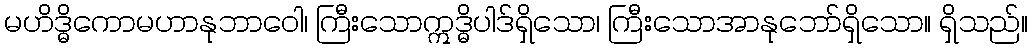
မဟိဒ္ဓိကောမဟာနုဘာဝေါ၊ ကြီးသောဣဒ္ဓိပါဒ်ရှိသော၊ ကြီးသောအာနုဘော်ရှိသော။ ရှိသည်။